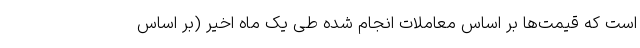
است که قیمت‌ها بر اساس معاملات انجام‌ شده طی یک ماه اخیر (بر اساس